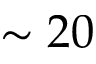
\sim 2 0